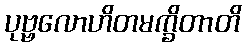
ပုဗ္ဗလောဟိတမက္ခိတာတိ